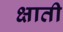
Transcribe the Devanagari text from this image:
क्षाती